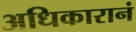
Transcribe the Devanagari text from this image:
अधिकारानं